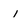
Character: i